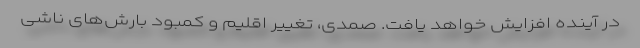
در آینده افزایش خواهد یافت. صمدی، تغییر اقلیم و کمبود بارش‌های ناشی